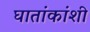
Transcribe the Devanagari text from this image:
घातांकांशी